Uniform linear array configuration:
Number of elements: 4
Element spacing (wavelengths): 1
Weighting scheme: binomial
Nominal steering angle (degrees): -45
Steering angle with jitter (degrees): -45.056
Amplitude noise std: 0.05
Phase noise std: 0.05

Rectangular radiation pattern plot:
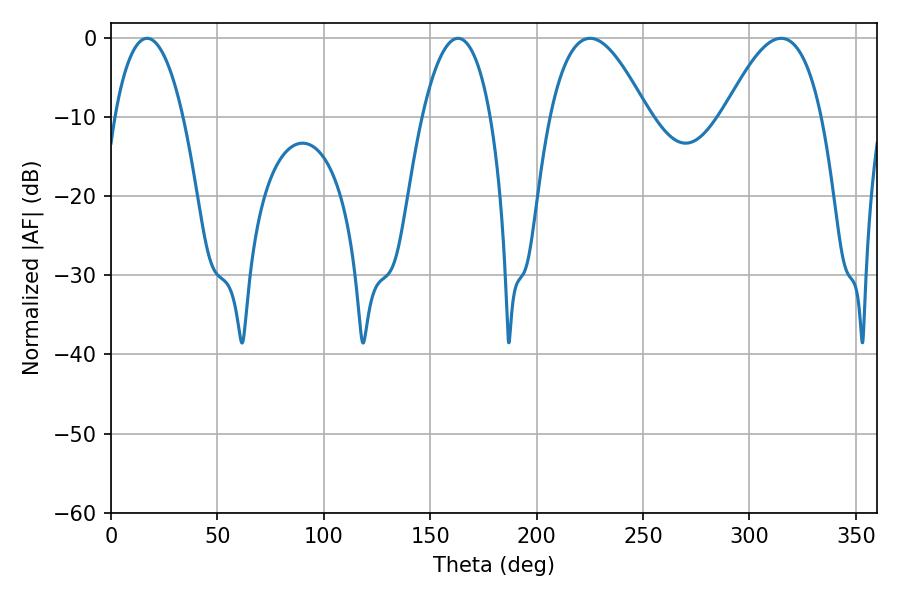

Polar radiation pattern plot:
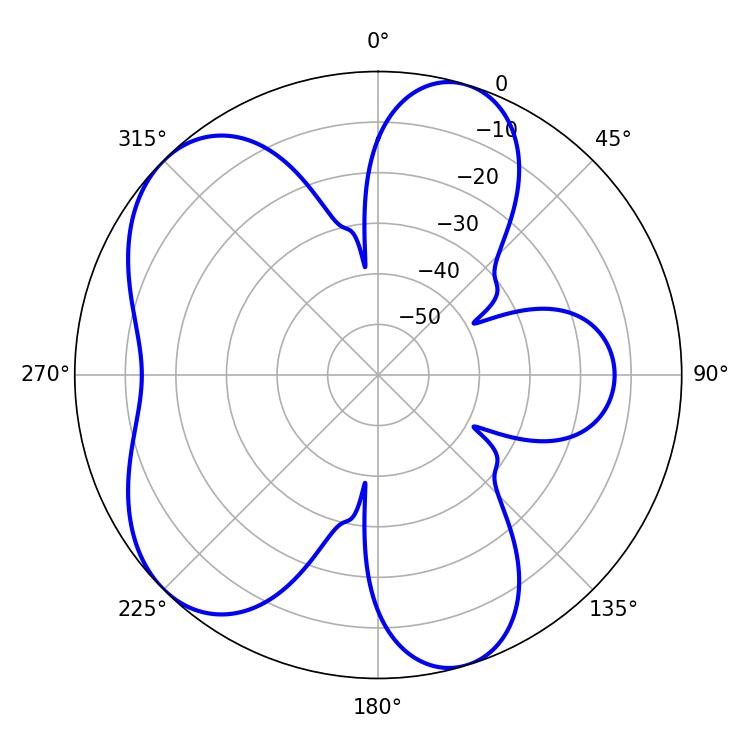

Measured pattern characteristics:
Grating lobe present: TRUE
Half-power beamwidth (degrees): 17.82
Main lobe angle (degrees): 16.92